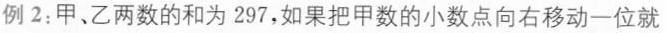
例2：甲、乙两数的和为297，如果把甲数的小数点向右移动一位就